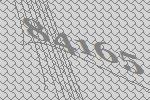
84165